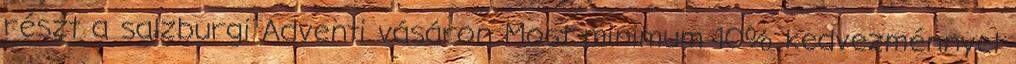
részt a salzburgi Adventi vásáron Most minimum 10% kedvezménnyel